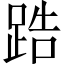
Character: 𨁒